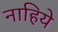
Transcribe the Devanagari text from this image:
नाहिये